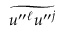
\widetilde { u ^ { \prime \prime } { } ^ { \ell } u ^ { \prime \prime } { } ^ { j } }